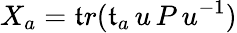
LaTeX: X_{a}=\mathfrak{t}r(\mathfrak{t}_{a}\, u\, P\, u^{-1})